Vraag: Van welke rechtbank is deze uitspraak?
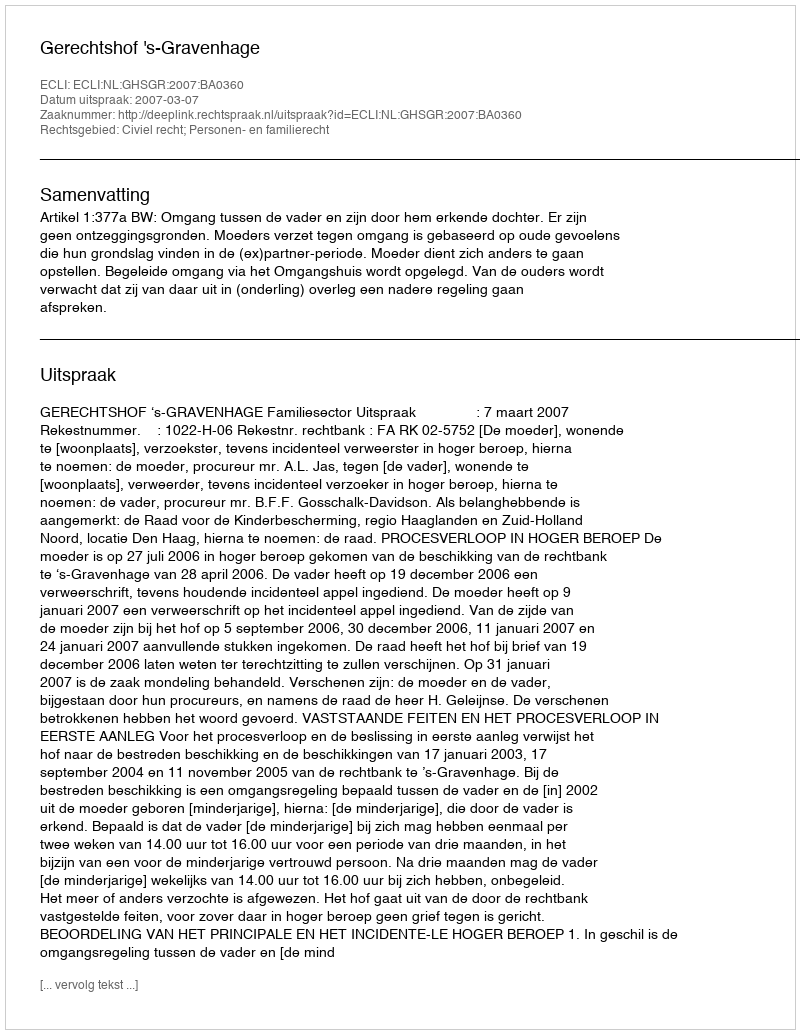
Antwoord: Gerechtshof 's-Gravenhage